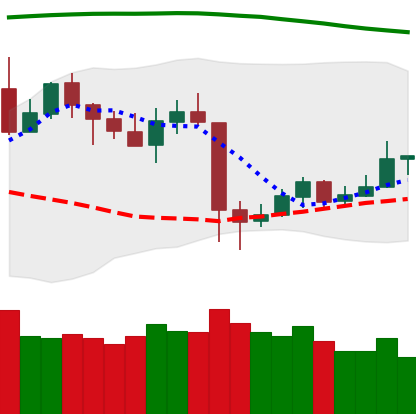
Ticker: LTC-USD
Chart end date: 2020-05-19
Forward return: -6.466%
Label: down_5_7